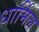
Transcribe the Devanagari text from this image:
धार्मिल